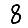
Digit: 8